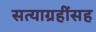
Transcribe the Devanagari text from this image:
सत्याग्रहींसह